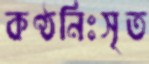
কণ্ঠনিঃসৃত